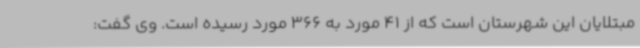
مبتلایان این شهرستان است که از 41 مورد به 366 مورد رسیده است. وی گفت: